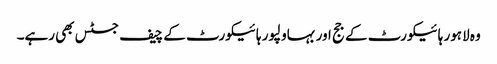
وہ لاہور ہائیکورٹ کے جج اور بہاولپور ہائیکورٹ کے چیف جسٹس بھی رہے۔